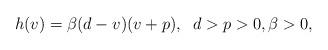
LaTeX: \begin{align*}h(v)=\beta (d-v)(v+p),\;\;d>p>0,\beta>0,\end{align*}